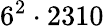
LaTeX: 6^{2}\cdot 2310